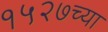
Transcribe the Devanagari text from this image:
१५२७च्या